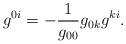
LaTeX: \begin{align*} g^{0 i} = - \frac{1}{g_{0 0}} g_{0 k}g^{k i}. \end{align*}